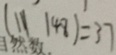
( 1 1 1 4 8 ) = 3 7